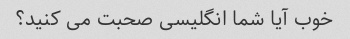
خوب آیا شما انگلیسی صحبت می کنید؟